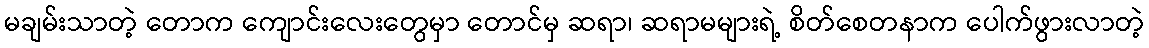
မချမ်းသာတဲ့ တောက ကျောင်းလေးတွေမှာ တောင်မှ ဆရာ၊ ဆရာမများရဲ့ စိတ်စေတနာက ပေါက်ဖွားလာတဲ့